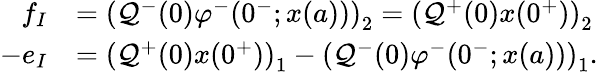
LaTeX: \begin{array}{rl}{f_{I}}&{=\left(\mathcal{Q}^{-}(0)\varphi^{-}(0^{-};x(a))\right)_{2}=\left(\mathcal{Q}^{+}(0)x(0^{+})\right)_{2}}\\ {-e_{I}}&{=\left(\mathcal{Q}^{+}(0)x(0^{+})\right)_{1}-\left(\mathcal{Q}^{-}(0)\varphi^{-}(0^{-};x(a))\right)_{1}.}\end{array}